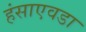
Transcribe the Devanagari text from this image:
हंसाएवडा